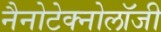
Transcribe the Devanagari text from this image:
नैनोटेक्नोलॉजी